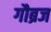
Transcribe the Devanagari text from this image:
गौब्रज